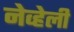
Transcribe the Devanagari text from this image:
नेव्हेली